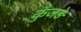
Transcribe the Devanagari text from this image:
कुँजड़े